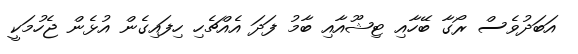
އަބަދުވެސް ރޯގާ ބޭހާއި ޓިޝޫއާއި ބާމު ފަދަ އެއްޗެހި ހިފައިގެން އުޅެން ޖެހުމަކީ